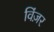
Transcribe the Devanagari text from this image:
विंज़र